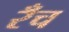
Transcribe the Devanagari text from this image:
रँच